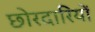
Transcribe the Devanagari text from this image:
छोरदारियों